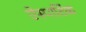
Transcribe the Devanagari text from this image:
ऐस्पार्टिक